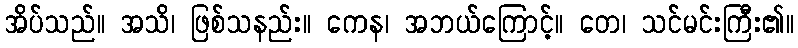
အိပ်သည်။ အသိ၊ ဖြစ်သနည်း။ ကေန၊ အဘယ်ကြောင့်။ တေ၊ သင်မင်းကြီး၏။